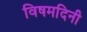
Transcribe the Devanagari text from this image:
विषमदिनी